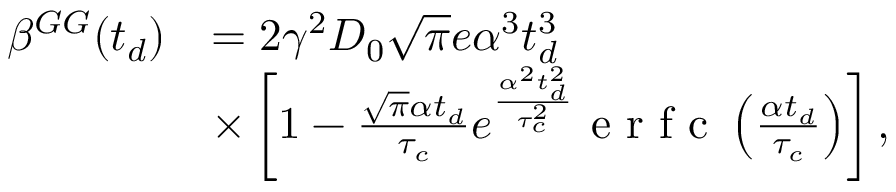
\begin{array} { r l } { \beta ^ { G G } ( t _ { d } ) } & { = 2 \gamma ^ { 2 } D _ { 0 } \sqrt { \pi } e \alpha ^ { 3 } t _ { d } ^ { 3 } } \\ & { \times \left[ 1 - \frac { \sqrt { \pi } \alpha t _ { d } } { \tau _ { c } } e ^ { \frac { \alpha ^ { 2 } t _ { d } ^ { 2 } } { \tau _ { c } ^ { 2 } } } \textrm { e r f c } \left( \frac { \alpha t _ { d } } { \tau _ { c } } \right) \right] , } \end{array}